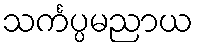
သင်္ကပ္ပမညာယ